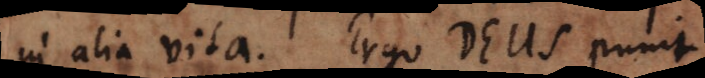
in alia vita. Ergo Deus punit